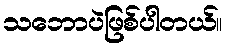
သဘောပဲဖြစ်ပါတယ်။